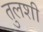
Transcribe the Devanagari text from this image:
तुलशी